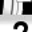
Digit: 2